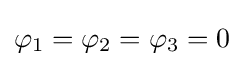
\varphi _{1}=\varphi _{2}=\varphi _{3}=0